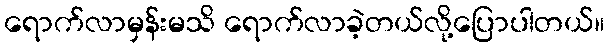
ရောက်လာမှန်းမသိ ရောက်လာခဲ့တယ်လို့ပြောပါတယ်။